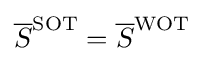
{\overline {S}}^{\text{SOT}}={\overline {S}}^{\text{WOT}}